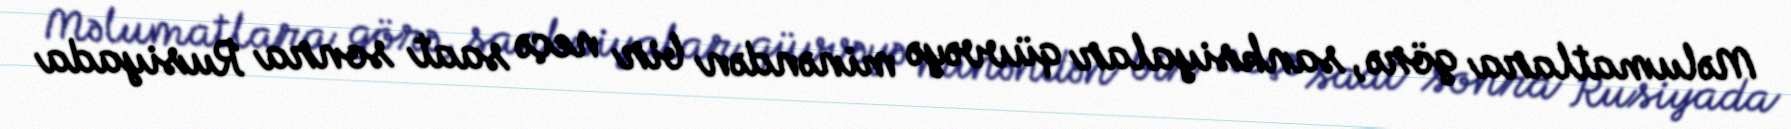
Məlumatlara görə, sanksiyalar qüvvəyə minəndən bir neçə saat sonra Rusiyada